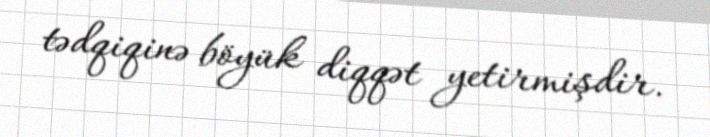
tədqiqinə böyük diqqət yetirmişdir.